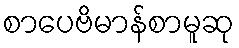
စာပေဗိမာန်စာမူဆု